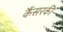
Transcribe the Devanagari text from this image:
कैंसरकी